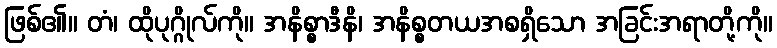
ဖြစ်၏။ တံ၊ ထိုပုဂ္ဂိုလ်ကို။ အနိစ္စာဒီနိ၊ အနိစ္စတယအစရှိသော အခြင်းအရာတို့ကို။